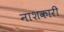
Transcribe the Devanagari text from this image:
नाशकारी